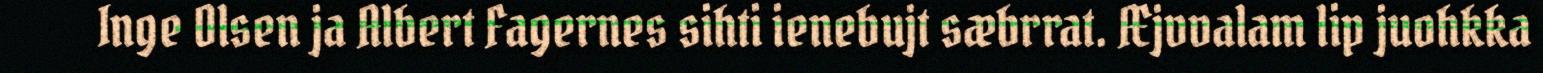
Inge Olsen ja Albert Fagernes sihti ienebujt sæbrrat. Æjvvalam lip juohkka